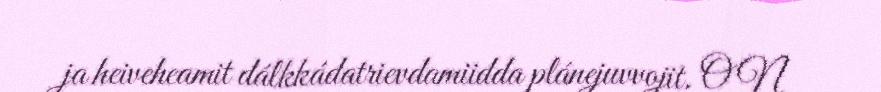
ja heiveheamit dálkkádatrievdamiidda plánejuvvojit. ON